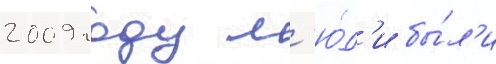
2009 году л'ю́д'и бы́л'и